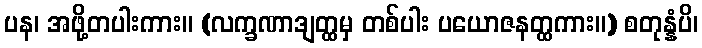
ပန၊ အဖို့တပါးကား။ (လက္ခဏာဒျတ္ထမှ တစ်ပါး ပယောဇနတ္ထကား။) စတုန္နံပိ၊